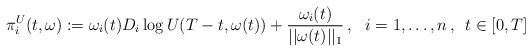
\begin{align*}\pi_i^U(t,\omega):=\omega_i(t)D_i \log U(T-t,\omega(t))+\frac{\omega_i(t)}{||\omega(t)||_1}\,,\,\,\,\, i=1,\dots,n\,,\,\, \, t\in[0, T]\end{align*}